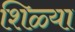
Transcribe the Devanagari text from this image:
शिळ्या